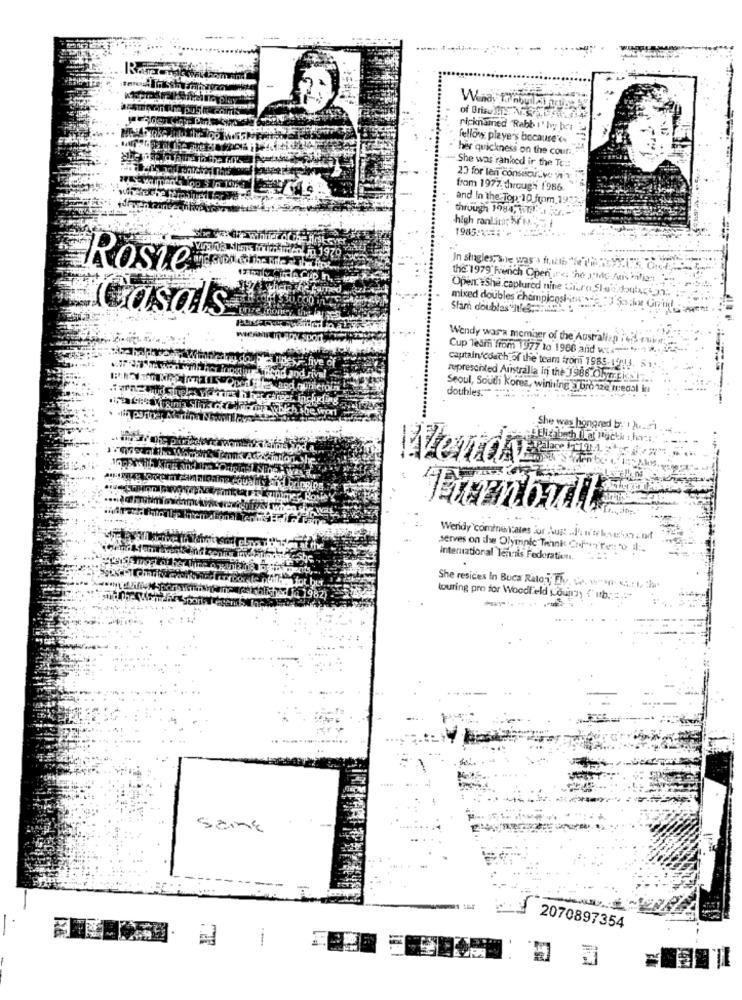
ricknamed "Rabb I' hy ber
fellow playe's because'<
her quickness on the cour ..
She was ranked ir the To ::
23 for len consecutive tr
from 1977. through 1986.
and In the Top-10 from 1972-
through 1984, 1.11' 5 .-
high rant.in; WHS,Di
1985:121'
Rosie
In singles, She was a free "SUREyy
the 1979 Runch Openinc. he Jde fuis fast
Open: #She.captured nine Giura Sluis.doute_nn.
mixed doubles championsi-in
Casals
Stam doubles ne: 45
Wendy wasa member of the Australian in cuier:"
Cup Team from 1977 to 1966 and wcs-
captain coach of the team from 1985- 142113. 51
represented Australia in the 1988 Olympics!" ..
doubles:"
Seoul, Soudi kores, winning , bronze medal in
....
She was honored b:
Placki
Wendy
Turnbull
Wendy cominentates for Aug .J'. n'tekens 7 2 nd
serves on the Olympic Tehnk Cole. 7 Per: "o il :.
International Tennis Federation,
.
She resices In Buca Ratos: The Ca. www. ..: 1, the
touring pro for Woodfield Louny (" ub .. ".""
same
2070897354